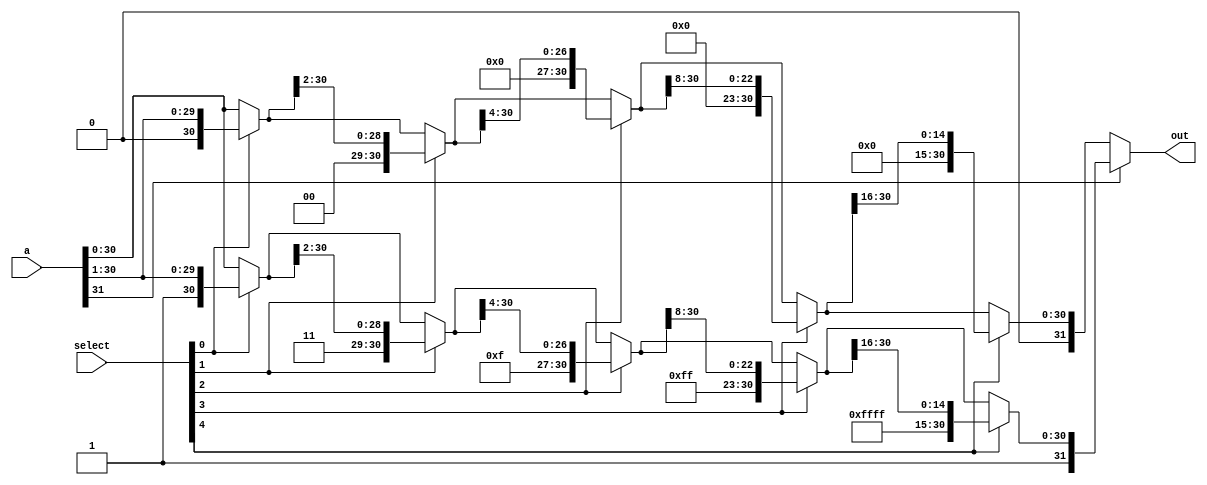
module sra32(input [31:0] a, input [4:0] select, output [31:0] out);
	
	wire [31:0] temp0, temp1, temp2, temp3, temp4, temp5, temp6, temp7, temp8, temp9;
	
	assign temp0 = select[0] ? {1'b0, a[31:1]} : a;
	assign temp1 = select[1] ? {2'b00, temp0[31:2]} : temp0;
	assign temp2 = select[2] ? {4'b0000, temp1[31:4]} : temp1;
	assign temp3 = select[3] ? {8'b00000000, temp2[31:8]} : temp2;
	assign temp4 = select[4] ? {16'b0000000000000000, temp3[31:16]} : temp3;
	
	assign temp5 = select[0] ? {1'b1, a[31:1]} : a;
	assign temp6 = select[1] ? {2'b11, temp5[31:2]} : temp5;
	assign temp7 = select[2] ? {4'b1111, temp6[31:4]} : temp6;
	assign temp8 = select[3] ? {8'b11111111, temp7[31:8]} : temp7;
	assign temp9 = select[4] ? {16'b1111111111111111, temp8[31:16]} : temp8;
	
	assign out = a[31] ? temp9 : temp4;
	
endmodule